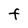
Character: F